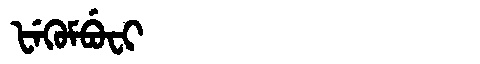
Manchu: ᡶᡝᡴᡠᠮᠪᡠᠸᡳ
Romanization: FEKUMBUFI